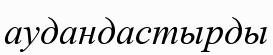
аудандастырды